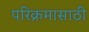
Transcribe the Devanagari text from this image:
परिक्रमासाठी